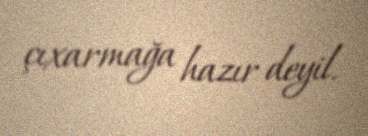
çıxarmağa hazır deyil.